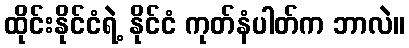
ထိုင်းနိုင်ငံရဲ့ နိုင်ငံ ကုတ်နံပါတ်က ဘာလဲ။